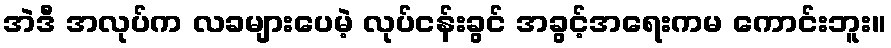
အဲဒီ အလုပ်က လခများပေမဲ့ လုပ်ငန်းခွင် အခွင့်အရေးကမ ကောင်းဘူး။